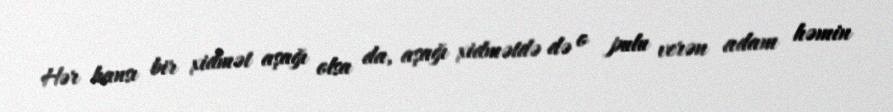
Hər hansı bir xidmət aşağı olsa da, aşağı xidmətdə də o pulu verən adam həmin